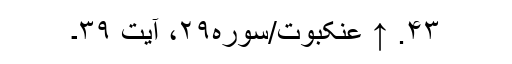
۴۳. ↑ عنکبوت/سوره۲۹، آیت ۳۹۔